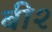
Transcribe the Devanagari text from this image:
बी२